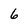
Character: 6